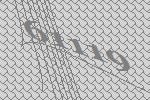
61119